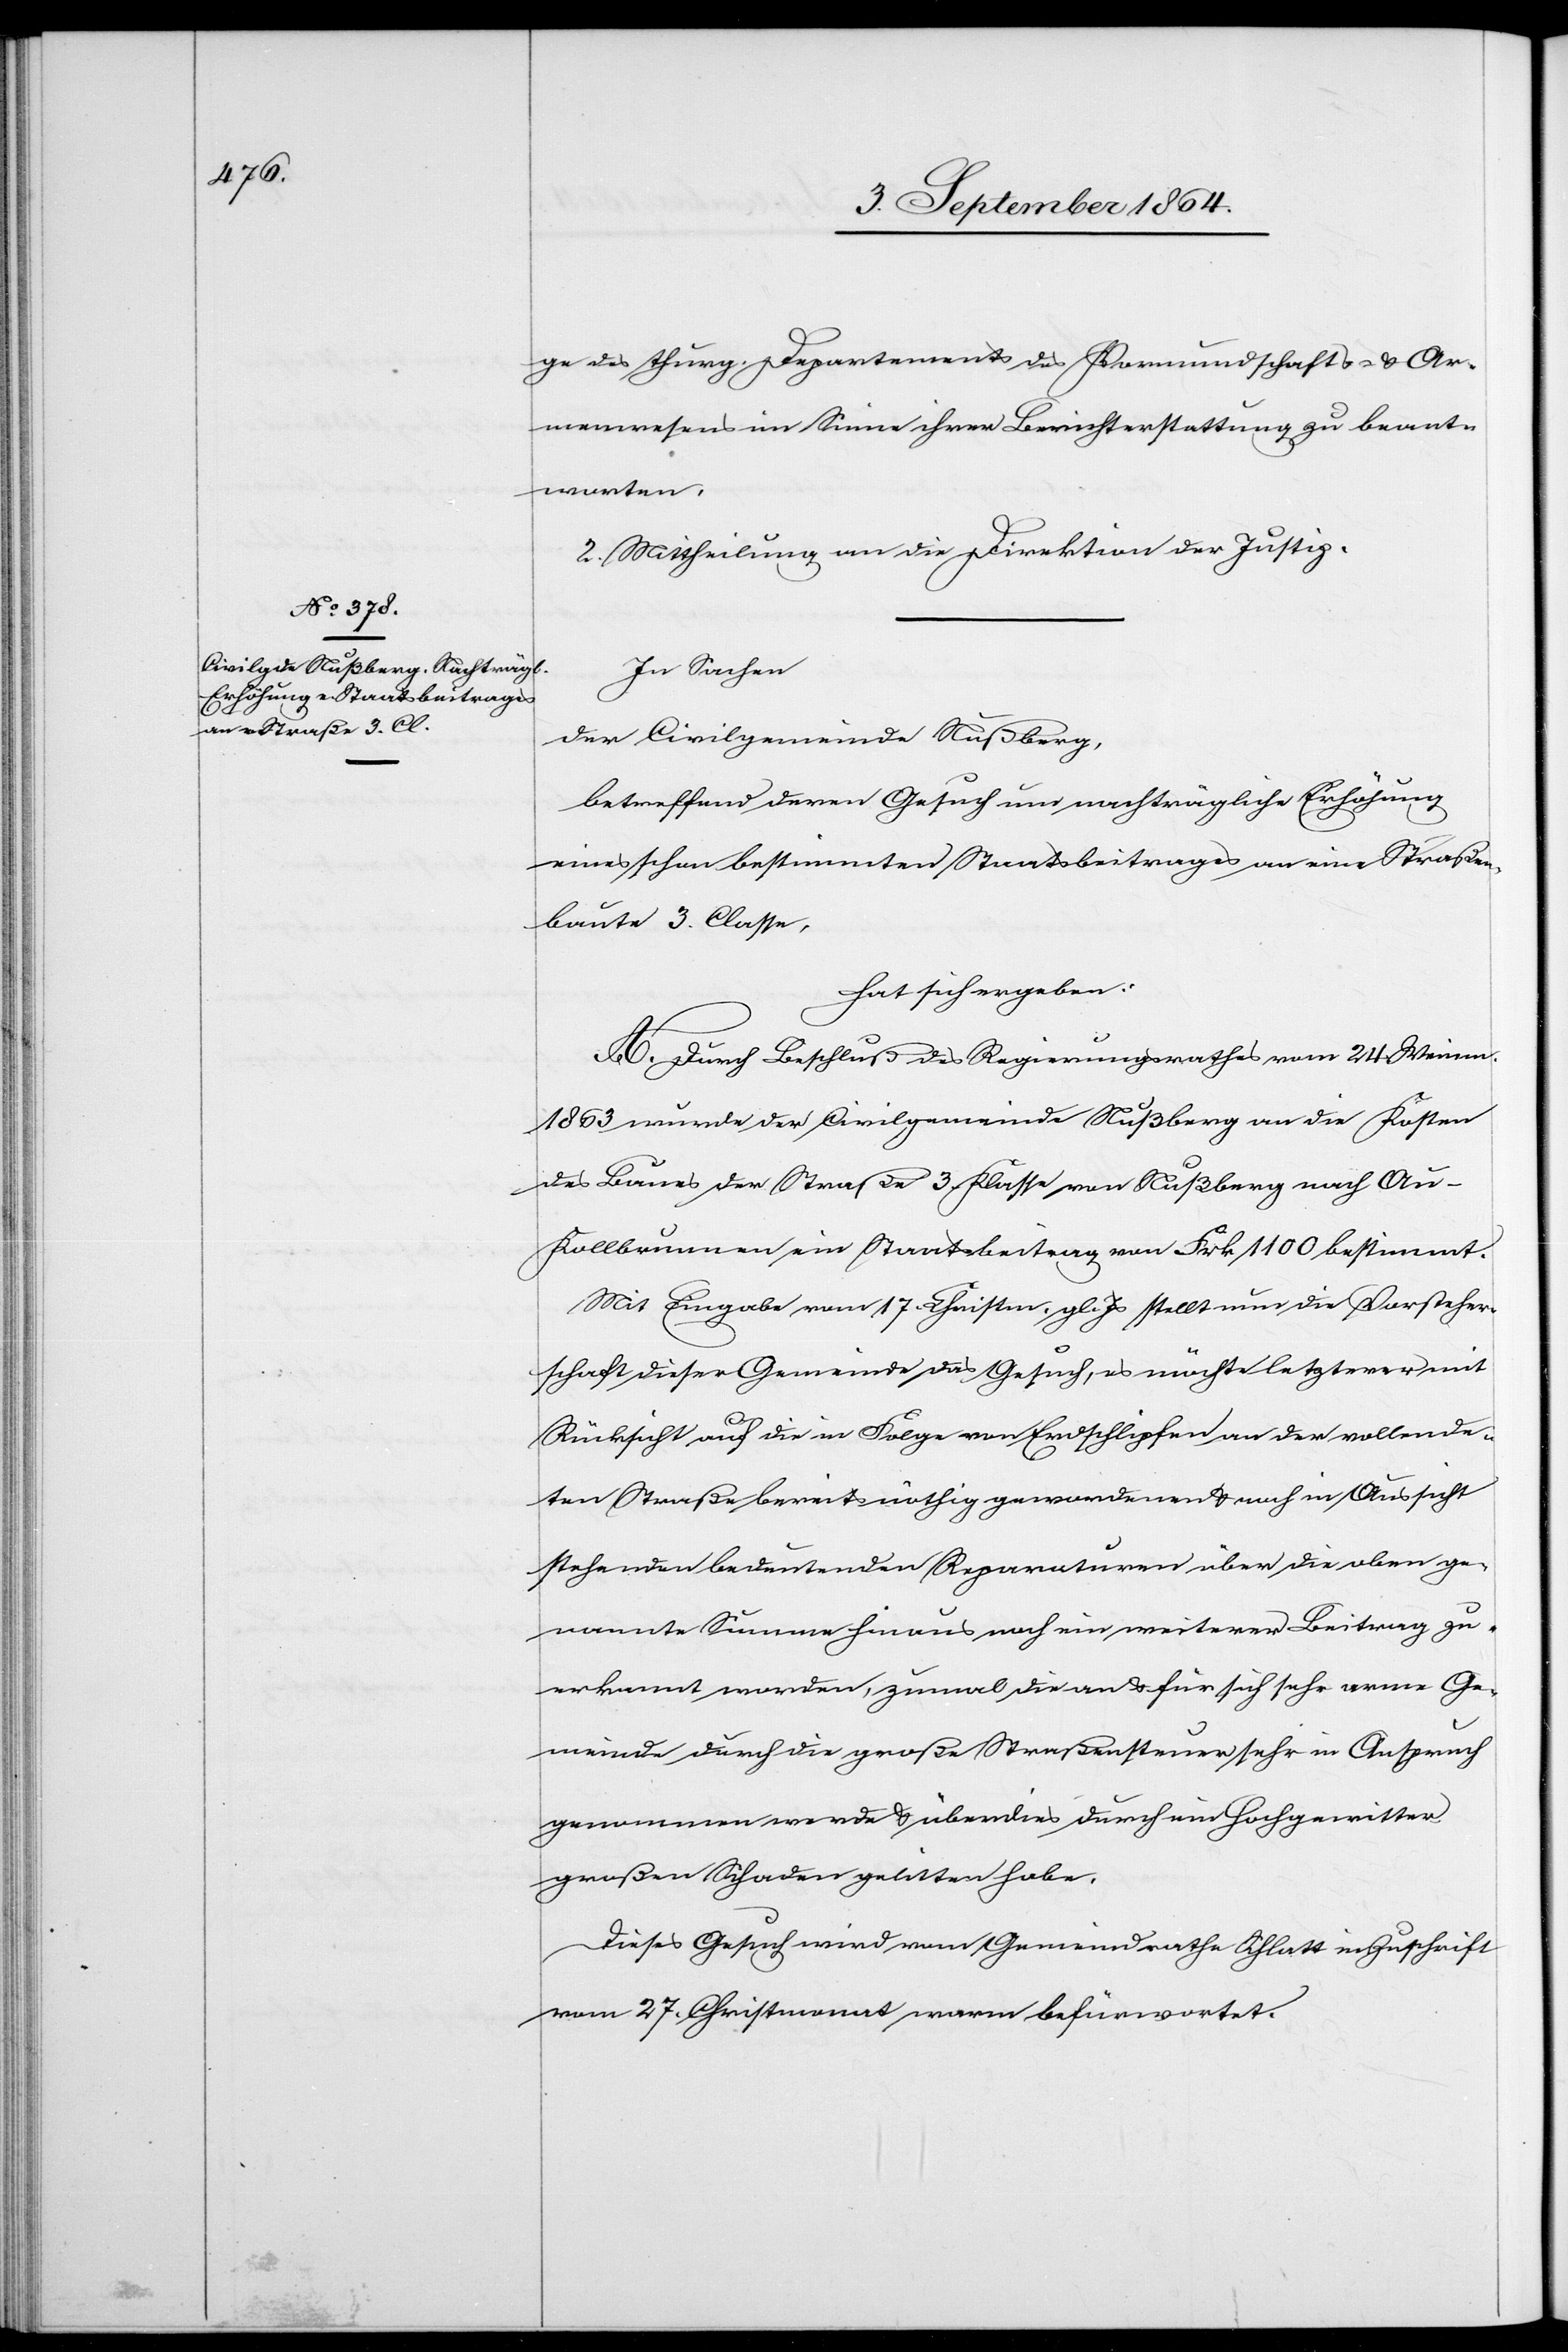
erkannt

ge des thurg. Departements des Vormundschafts- & Ar¬
menwesens im Sinne ihrer Berichterstattung zu beant¬
worten.
2. Mittheilung an die Direktion der Justiz.
In Sachen
der Civilgemeinde Nußberg,
betreffend deren Gesuch um nachträgliche Erhöhung
eines schon bestimmten Staatsbeitrages an eine Straßen¬
baute 3. Classe,
hat sich ergeben;
A. Durch Beschluß des Regierungsrathes vom 24. Weinm.
1863 wurde der Civilgemeinde Nußberg an die Kosten
des Baues der Straße 3. Klasse von Nußberg nach Au-K¬
ollbrunnen ein Staatsbeitrag von Frk. 1100 bestimmt.
Mit Eingabe vom 17. Christm. gl. Js stellt nun die Vorsteher¬
schaft dieser Gemeinde das Gesuch, es möchte letzterer mit
Rücksicht auf die in Folge von Erdschlipfen an der vollende¬
ten Straße bereits nöthig gewordenen & noch in Aussicht
stehenden bedeutenden Reparaturen über die oben ge¬
nannte Summe hinaus noch ein weiterer Beitrag zu¬
[recte: werden], zumal die an & für sich sehr arme Ge¬
meinde durch die große Straßensteuer sehr in Anspruch
genommen werde & überdies durch ein Hochgewitter
großen Schaden gelitten habe.
Dieses Gesuch wird vom Gemeindrathe Schlatt mit Zuschrift
vom 27. Christmonat warm befürwortet.